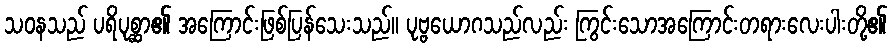
သဝနသည် ပရိပုစ္ဆာ၏ အကြောင်းဖြစ်ပြန်သေးသည်။ ပုဗ္ဗယောဂသည်လည်း ကြွင်းသောအကြောင်းတရားလေးပါးတို့၏